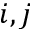
i , j